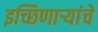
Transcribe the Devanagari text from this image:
इच्छिणाऱ्यांचे